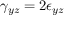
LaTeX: \gamma _ { y z } = 2 \epsilon _ { y z }